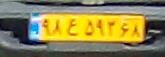
۹۸ع۵۹۲۶۸